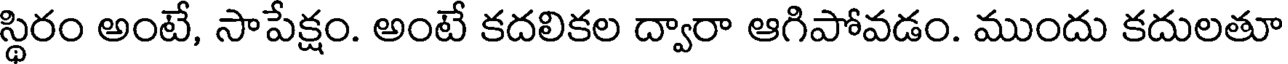
స్థిరం అంటే, సాపేక్షం. అంటే కదలికల ద్వారా ఆగిపోవడం. ముందు కదులతూ